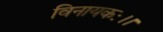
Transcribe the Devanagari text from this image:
विनायकः।।